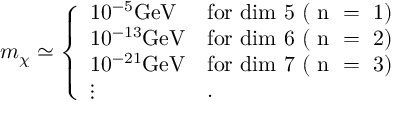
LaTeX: m _ { \chi } \simeq \left\{ \begin{array} { l l } { { 1 0 ^ { - 5 } \mathrm { { G e V } } } } & { { \mathrm { f o r ~ d i m ~ 5 ~ ( ~ n ~ = ~ 1 ) } } } \\ { { 1 0 ^ { - 1 3 } \mathrm { { G e V } } } } & { { \mathrm { f o r ~ d i m ~ 6 ~ ( ~ n ~ = ~ 2 ) } } } \\ { { 1 0 ^ { - 2 1 } \mathrm { { G e V } } } } & { { \mathrm { f o r ~ d i m ~ 7 ~ ( ~ n ~ = ~ 3 ) } } } \\ { { \vdots } } & { { . } } \end{array} \right.